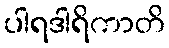
ပါရဒါရိကာတိ